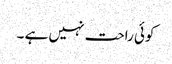
کوئی راحت نہیں ہے ۔